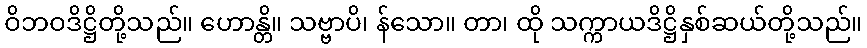
ဝိဘဝဒိဋ္ဌိတို့သည်။ ဟောန္တိ။ သဗ္ဗာပိ၊ န်သော။ တာ၊ ထို သက္ကာယဒိဋ္ဌိနှစ်ဆယ်တို့သည်။